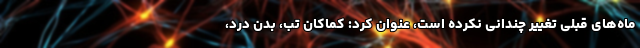
ماه‌های قبلی تغییر چندانی نکرده است، عنوان کرد: کماکان تب، بدن درد،